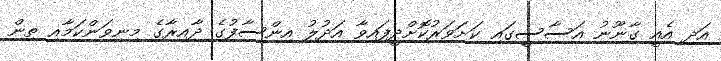
އަދި އެއީ ގާނޫނު އަސާސީގައި ކަށަވަރުކޮށްދީފައިވާ އަދުލު އިންސާފުގެ ދާއިރާގެ މިނިވަންކަމާއި ތިން